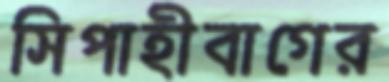
সিপাহীবাগের